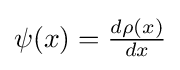
{\textstyle \psi (x)={\frac {d\rho (x)}{dx}}}